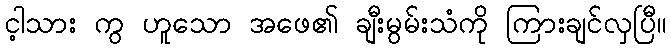
င့ါသား ကွ ဟူသော အဖေ၏ ချီးမွမ်းသံကို ကြားချင်လှပြီ။